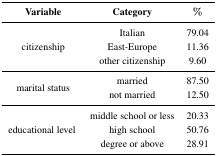
| Variable | Category | % |
 | --- | --- | --- |
 | <ROWSPAN=3> citizenship | Italian | 79.04 |
 | East-Europe | 11.36 |
 | other citizenship | 9.60 |
 | <ROWSPAN=2> marital status | married | 87.50 |
 | not married | 12.50 |
 | <ROWSPAN=3> educational level | middle school or less | 20.33 |
 | high school | 50.76 |
 | degree or above | 28.91 |